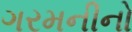
ગરમનીનો